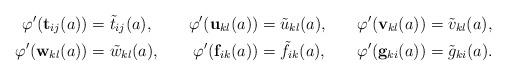
LaTeX: \begin{align*}\varphi'(\mathbf{t}_{ij}(a))&=\tilde{t}_{ij}(a),&\varphi'(\mathbf{u}_{kl}(a))&=\tilde{u}_{kl}(a),&\varphi'(\mathbf{v}_{kl}(a))&=\tilde{v}_{kl}(a),\\\varphi'(\mathbf{w}_{kl}(a))&=\tilde{w}_{kl}(a),&\varphi'(\mathbf{f}_{ik}(a))&=\tilde{f}_{ik}(a),&\varphi'(\mathbf{g}_{ki}(a))&=\tilde{g}_{ki}(a).\end{align*}